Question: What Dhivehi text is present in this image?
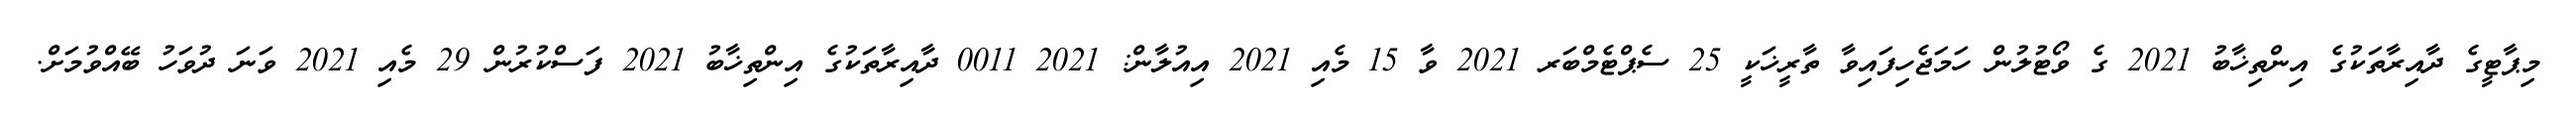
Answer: މިޕާޓީގެ ދާއިރާތަކުގެ އިންތިޚާބު 2021 ގެ ވޯޓުލުން ހަމަޖެހިފައިވާ ތާރީޚަކީ 25 ސެޕްޓެމްބަރ 2021 ވާ 15 މެއި 2021 އިއުލާން: 2021 0011 ދާއިރާތަކުގެ އިންތިޚާބު 2021 ފަސްކުރުން 29 މެއި 2021 ވަނަ ދުވަހު ބޭއްވުމަށް.